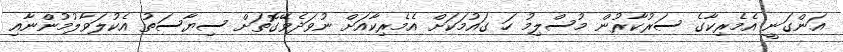
އަންގަނީ އެމެރިކާގެ ސަރުކާރުން މުސްލިމު ހަ ގައުމަކަށް އެމެރިކާއަށް ނުވަދެވޭގޮތަށް ސިޔާސަތު އެކުލަވާލުމުންނާއި